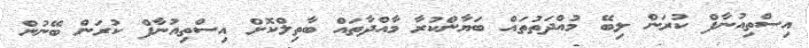
އިސްތިއުނާފް ކުރަން ލިބޭ މުއްދަތުތައް ބަޔާންކުރާ މާއްދާތައް ބާތިލްކޮށް އިސްތިއުނާފް ކުރަން ބޭނުން